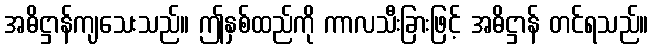
အဓိဋ္ဌာန်ကျသေးသည်။ ဤနှစ်ထည်ကို ကာလသီးခြားဖြင့် အဓိဋ္ဌာန် တင်ရသည်။